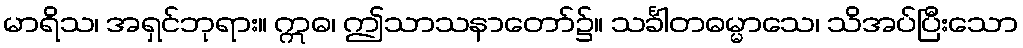
မာရိသ၊ အရှင်ဘုရား။ ဣဓ၊ ဤသာသနာတော်၌။ သင်္ခါတဓမ္မာသေ၊ သိအပ်ပြီးသော